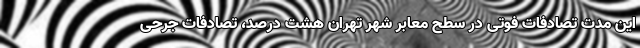
این مدت تصادفات فوتی در سطح معابر شهر تهران هشت درصد، تصادفات جرحی